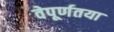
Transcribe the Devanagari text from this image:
वेपूर्णतया